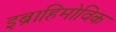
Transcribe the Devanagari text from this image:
इब्राहिमोविक